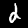
Label: 2